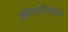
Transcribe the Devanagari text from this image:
मारुतीराया